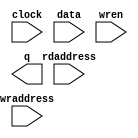
// megafunction wizard: %RAM: 2-PORT%VBB%
// GENERATION: STANDARD
// VERSION: WM1.0
// MODULE: altsyncram 

// ============================================================
// Megafunction Name(s):
// 			altsyncram
//
// Simulation Library Files(s):
// 			altera_mf
// ============================================================
// ************************************************************
// THIS IS A WIZARD-GENERATED FILE. DO NOT EDIT THIS FILE!
//
// 13.0.1 Build 232 06/12/2013 SP 1.dp6 SJ Full Version
// ************************************************************

//Copyright (C) 1991-2013 Altera Corporation
//Your use of Altera Corporation's design tools, logic functions 
//and other software and tools, and its AMPP partner logic 
//functions, and any output files from any of the foregoing 
//(including device programming or simulation files), and any 
//associated documentation or information are expressly subject 
//to the terms and conditions of the Altera Program License 
//Subscription Agreement, Altera MegaCore Function License 
//Agreement, or other applicable license agreement, including, 
//without limitation, that your use is for the sole purpose of 
//programming logic devices manufactured by Altera and sold by 
//Altera or its authorized distributors.  Please refer to the 
//applicable agreement for further details.

module cache_addr (
	clock,
	data,
	rdaddress,
	wraddress,
	wren,
	q);

	input	  clock;
	input	[15:0]  data;
	input	[8:0]  rdaddress;
	input	[8:0]  wraddress;
	input	  wren;
	output	[15:0]  q;
`ifndef ALTERA_RESERVED_QIS
// synopsys translate_off
`endif
	tri1	  clock;
	tri0	  wren;
`ifndef ALTERA_RESERVED_QIS
// synopsys translate_on
`endif

endmodule

// ============================================================
// CNX file retrieval info
// ============================================================
// Retrieval info: PRIVATE: ADDRESSSTALL_A NUMERIC "0"
// Retrieval info: PRIVATE: ADDRESSSTALL_B NUMERIC "0"
// Retrieval info: PRIVATE: BYTEENA_ACLR_A NUMERIC "0"
// Retrieval info: PRIVATE: BYTEENA_ACLR_B NUMERIC "0"
// Retrieval info: PRIVATE: BYTE_ENABLE_A NUMERIC "0"
// Retrieval info: PRIVATE: BYTE_ENABLE_B NUMERIC "0"
// Retrieval info: PRIVATE: BYTE_SIZE NUMERIC "8"
// Retrieval info: PRIVATE: BlankMemory NUMERIC "1"
// Retrieval info: PRIVATE: CLOCK_ENABLE_INPUT_A NUMERIC "0"
// Retrieval info: PRIVATE: CLOCK_ENABLE_INPUT_B NUMERIC "0"
// Retrieval info: PRIVATE: CLOCK_ENABLE_OUTPUT_A NUMERIC "0"
// Retrieval info: PRIVATE: CLOCK_ENABLE_OUTPUT_B NUMERIC "0"
// Retrieval info: PRIVATE: CLRdata NUMERIC "0"
// Retrieval info: PRIVATE: CLRq NUMERIC "0"
// Retrieval info: PRIVATE: CLRrdaddress NUMERIC "0"
// Retrieval info: PRIVATE: CLRrren NUMERIC "0"
// Retrieval info: PRIVATE: CLRwraddress NUMERIC "0"
// Retrieval info: PRIVATE: CLRwren NUMERIC "0"
// Retrieval info: PRIVATE: Clock NUMERIC "0"
// Retrieval info: PRIVATE: Clock_A NUMERIC "0"
// Retrieval info: PRIVATE: Clock_B NUMERIC "0"
// Retrieval info: PRIVATE: IMPLEMENT_IN_LES NUMERIC "0"
// Retrieval info: PRIVATE: INDATA_ACLR_B NUMERIC "0"
// Retrieval info: PRIVATE: INDATA_REG_B NUMERIC "0"
// Retrieval info: PRIVATE: INIT_FILE_LAYOUT STRING "PORT_B"
// Retrieval info: PRIVATE: INIT_TO_SIM_X NUMERIC "0"
// Retrieval info: PRIVATE: INTENDED_DEVICE_FAMILY STRING "Cyclone III"
// Retrieval info: PRIVATE: JTAG_ENABLED NUMERIC "0"
// Retrieval info: PRIVATE: JTAG_ID STRING "NONE"
// Retrieval info: PRIVATE: MAXIMUM_DEPTH NUMERIC "0"
// Retrieval info: PRIVATE: MEMSIZE NUMERIC "8192"
// Retrieval info: PRIVATE: MEM_IN_BITS NUMERIC "0"
// Retrieval info: PRIVATE: MIFfilename STRING "./core_TSLab/video/mem/video_cram.mif"
// Retrieval info: PRIVATE: OPERATION_MODE NUMERIC "2"
// Retrieval info: PRIVATE: OUTDATA_ACLR_B NUMERIC "0"
// Retrieval info: PRIVATE: OUTDATA_REG_B NUMERIC "0"
// Retrieval info: PRIVATE: RAM_BLOCK_TYPE NUMERIC "0"
// Retrieval info: PRIVATE: READ_DURING_WRITE_MODE_MIXED_PORTS NUMERIC "1"
// Retrieval info: PRIVATE: READ_DURING_WRITE_MODE_PORT_A NUMERIC "3"
// Retrieval info: PRIVATE: READ_DURING_WRITE_MODE_PORT_B NUMERIC "3"
// Retrieval info: PRIVATE: REGdata NUMERIC "1"
// Retrieval info: PRIVATE: REGq NUMERIC "0"
// Retrieval info: PRIVATE: REGrdaddress NUMERIC "1"
// Retrieval info: PRIVATE: REGrren NUMERIC "1"
// Retrieval info: PRIVATE: REGwraddress NUMERIC "1"
// Retrieval info: PRIVATE: REGwren NUMERIC "1"
// Retrieval info: PRIVATE: SYNTH_WRAPPER_GEN_POSTFIX STRING "0"
// Retrieval info: PRIVATE: USE_DIFF_CLKEN NUMERIC "0"
// Retrieval info: PRIVATE: UseDPRAM NUMERIC "1"
// Retrieval info: PRIVATE: VarWidth NUMERIC "0"
// Retrieval info: PRIVATE: WIDTH_READ_A NUMERIC "16"
// Retrieval info: PRIVATE: WIDTH_READ_B NUMERIC "16"
// Retrieval info: PRIVATE: WIDTH_WRITE_A NUMERIC "16"
// Retrieval info: PRIVATE: WIDTH_WRITE_B NUMERIC "16"
// Retrieval info: PRIVATE: WRADDR_ACLR_B NUMERIC "0"
// Retrieval info: PRIVATE: WRADDR_REG_B NUMERIC "0"
// Retrieval info: PRIVATE: WRCTRL_ACLR_B NUMERIC "0"
// Retrieval info: PRIVATE: enable NUMERIC "0"
// Retrieval info: PRIVATE: rden NUMERIC "0"
// Retrieval info: LIBRARY: altera_mf altera_mf.altera_mf_components.all
// Retrieval info: CONSTANT: ADDRESS_ACLR_B STRING "NONE"
// Retrieval info: CONSTANT: ADDRESS_REG_B STRING "CLOCK0"
// Retrieval info: CONSTANT: CLOCK_ENABLE_INPUT_A STRING "BYPASS"
// Retrieval info: CONSTANT: CLOCK_ENABLE_INPUT_B STRING "BYPASS"
// Retrieval info: CONSTANT: CLOCK_ENABLE_OUTPUT_B STRING "BYPASS"
// Retrieval info: CONSTANT: INTENDED_DEVICE_FAMILY STRING "Cyclone III"
// Retrieval info: CONSTANT: LPM_TYPE STRING "altsyncram"
// Retrieval info: CONSTANT: NUMWORDS_A NUMERIC "512"
// Retrieval info: CONSTANT: NUMWORDS_B NUMERIC "512"
// Retrieval info: CONSTANT: OPERATION_MODE STRING "DUAL_PORT"
// Retrieval info: CONSTANT: OUTDATA_ACLR_B STRING "NONE"
// Retrieval info: CONSTANT: OUTDATA_REG_B STRING "UNREGISTERED"
// Retrieval info: CONSTANT: POWER_UP_UNINITIALIZED STRING "FALSE"
// Retrieval info: CONSTANT: READ_DURING_WRITE_MODE_MIXED_PORTS STRING "OLD_DATA"
// Retrieval info: CONSTANT: WIDTHAD_A NUMERIC "9"
// Retrieval info: CONSTANT: WIDTHAD_B NUMERIC "9"
// Retrieval info: CONSTANT: WIDTH_A NUMERIC "16"
// Retrieval info: CONSTANT: WIDTH_B NUMERIC "16"
// Retrieval info: CONSTANT: WIDTH_BYTEENA_A NUMERIC "1"
// Retrieval info: USED_PORT: clock 0 0 0 0 INPUT VCC "clock"
// Retrieval info: USED_PORT: data 0 0 16 0 INPUT NODEFVAL "data[15..0]"
// Retrieval info: USED_PORT: q 0 0 16 0 OUTPUT NODEFVAL "q[15..0]"
// Retrieval info: USED_PORT: rdaddress 0 0 9 0 INPUT NODEFVAL "rdaddress[8..0]"
// Retrieval info: USED_PORT: wraddress 0 0 9 0 INPUT NODEFVAL "wraddress[8..0]"
// Retrieval info: USED_PORT: wren 0 0 0 0 INPUT GND "wren"
// Retrieval info: CONNECT: @address_a 0 0 9 0 wraddress 0 0 9 0
// Retrieval info: CONNECT: @address_b 0 0 9 0 rdaddress 0 0 9 0
// Retrieval info: CONNECT: @clock0 0 0 0 0 clock 0 0 0 0
// Retrieval info: CONNECT: @data_a 0 0 16 0 data 0 0 16 0
// Retrieval info: CONNECT: @wren_a 0 0 0 0 wren 0 0 0 0
// Retrieval info: CONNECT: q 0 0 16 0 @q_b 0 0 16 0
// Retrieval info: GEN_FILE: TYPE_NORMAL cache_addr.v TRUE
// Retrieval info: GEN_FILE: TYPE_NORMAL cache_addr.inc FALSE
// Retrieval info: GEN_FILE: TYPE_NORMAL cache_addr.cmp FALSE
// Retrieval info: GEN_FILE: TYPE_NORMAL cache_addr.bsf FALSE
// Retrieval info: GEN_FILE: TYPE_NORMAL cache_addr_inst.v FALSE
// Retrieval info: GEN_FILE: TYPE_NORMAL cache_addr_bb.v TRUE
// Retrieval info: LIB_FILE: altera_mf